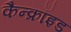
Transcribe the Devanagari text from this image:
कैन्क्रॉइड